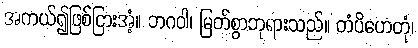
အကယ်၍ဖြစ်ငြားအံ့။ ဘဂဝါ၊ မြတ်စွာဘုရားသည်။ တံပိဟေတုံ၊